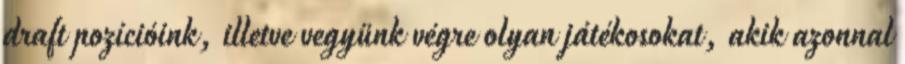
draft pozícióink, illetve vegyünk végre olyan játékosokat, akik azonnal